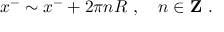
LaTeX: x ^ { - } \sim x ^ { - } + 2 \pi n R ~ , ~ ~ ~ n \in { \bf Z } ~ .